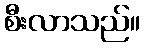
စီးလာသည်။